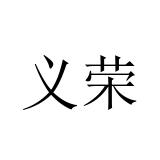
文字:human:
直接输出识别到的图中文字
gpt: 义荣